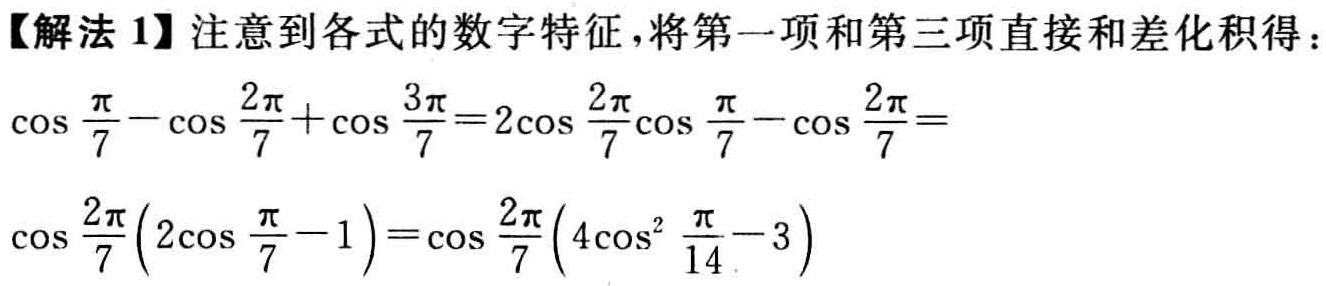
【解法 1】注意到各式的数字特征，将第一项和第三项直接和差化积得：

\(\cos\frac{\pi}{7}-\cos\frac{2\pi}{7}+\cos\frac{3\pi}{7}=2\cos\frac{2\pi}{7}\cos\frac{\pi}{7}-\cos\frac{2\pi}{7}=\)

\(\cos\frac{2\pi}{7}(2\cos\frac{\pi}{7}-1)=\cos\frac{2\pi}{7}(4\cos^{2}\frac{\pi}{14}-3)\)